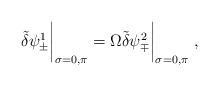
LaTeX: \begin{align*}\tilde{\delta} \psi^1_\pm \bigg|_{\sigma =0, \pi}= \Omega \tilde{\delta} \psi^2_\mp \bigg|_{\sigma=0,\pi} ~,\end{align*}